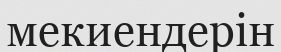
мекиендерін